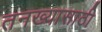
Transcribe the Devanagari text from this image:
तनख्यासाठी